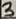
Text: 3